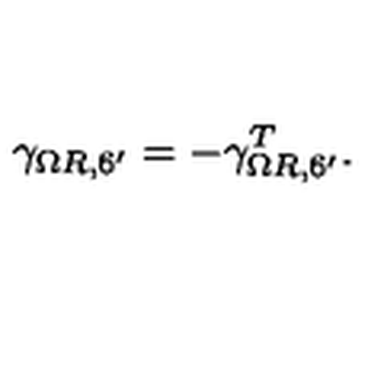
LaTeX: \gamma _ { \Omega R , 6 ^ { \prime } } = - \gamma _ { \Omega R , 6 ^ { \prime } } ^ { T } .